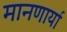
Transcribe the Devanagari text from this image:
मानणार्या